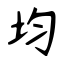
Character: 均